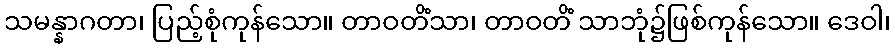
သမန္နာဂတာ၊ ပြည့်စုံကုန်သော။ တာဝတိံသာ၊ တာဝတိံ သာဘုံ၌ဖြစ်ကုန်သော။ ဒေဝါ၊